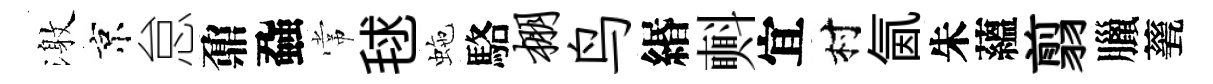
激京怠鼐蝨常毬虵駱棚鸟緡㪺宜村氤朱蘊翦臘甆